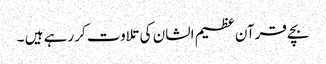
بچے قرآن عظیم الشان کی تلاوت کر رہے ہیں ۔